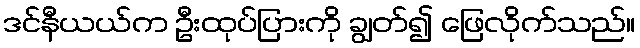
ဒင်နီယယ်က ဦးထုပ်ပြားကို ချွတ်၍ ဖြေလိုက်သည်။